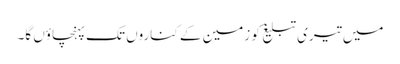
میں تیری تبلیغ کو زمین کے کناروں تک پہنچاؤں گا۔